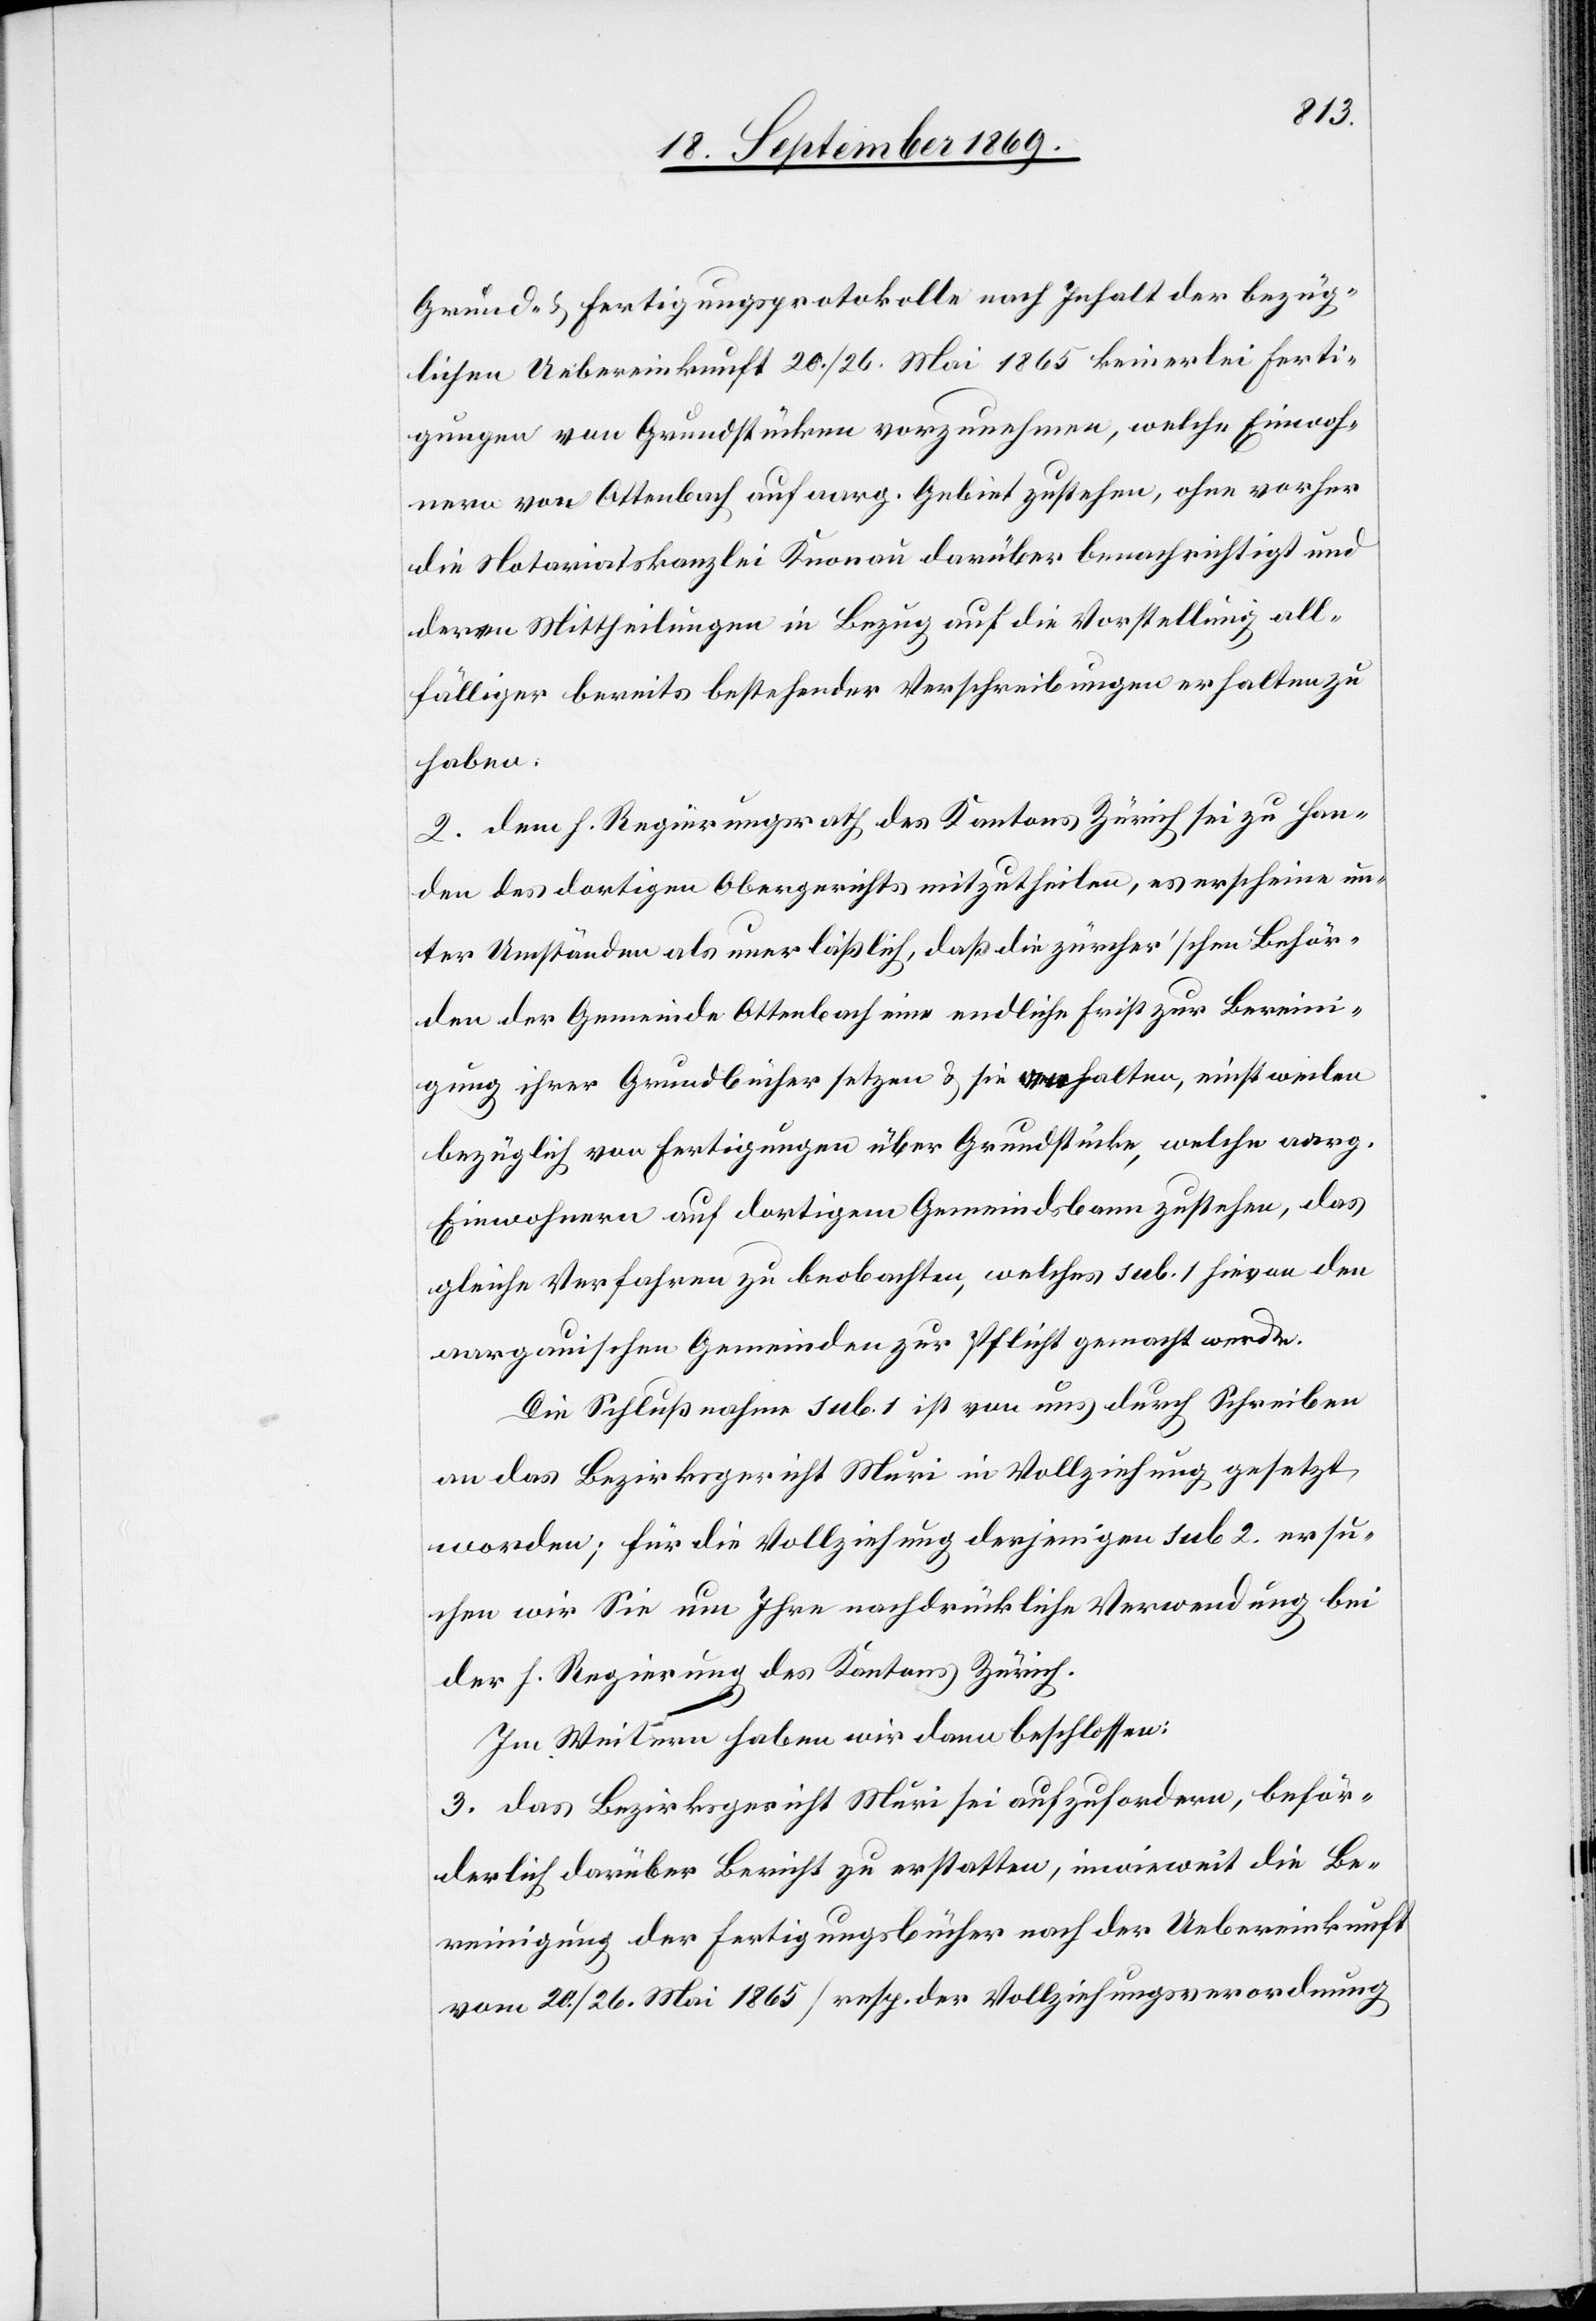
Grund- & Fertigungsprotokolle nach Inhalt der bezüg¬
lichen Uebereinkunft 20./26. Mai 1865 keinerlei Ferti¬
gungen von Grundstücken vorzunehmen, welche Einwoh¬
nern von Ottenbach auf aarg. Gebiet zustehen, ohne vorher
die Notariatskanzlei Knonau darüber benachrichtigt und
deren Mittheilung in Bezug auf die Vorstellung all¬
fälliger bereits bestehender Verschreibungen erhalten zu
haben.
2. dem h. Regierungsrath des Kantons Zürich sei zu Han¬
den des dortigen Obergerichts mitzutheilen, es erscheine un¬
ter Umständen als unerläßlich, daß die zürcher’schen Behör¬
den der Gemeinde Ottenbach eine endliche Frist zur Bereini¬
gung ihrer Grundbücher setzen & sie anhalten, einstweilen
bezüglich von Fertigungen über Grundstücke, welche aarg.
Einwohnern auf dortigem Gemeindsbann zustehen, das
gleiche Verfahren zu beobachten, welches sub. 1 hievon den
aargauischen Gemeinden zur Pflicht gemacht werde.
Die Schlußnahme sub. 1 ist von uns durch Schreiben
an das Bezirksgericht Muri in Vollziehung gesetzt
worden; für die Vollziehung derjenigen sub 2. ersu¬
chen wir Sie um Ihre nachdrückliche Verwendung bei
der h. Regierung des Kantons Zürich.
Im Weitern haben wir dann beschlossen:
3. das Bezirksgericht Muri sei aufzufordern, beför¬
derlich darüber Bericht zu erstatten, inwieweit die Be¬
reinigung der Fertigungsbücher nach der Uebereinkunft
vom 20./26. Mai 1865 [resp. der Vollziehungsverordnung